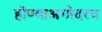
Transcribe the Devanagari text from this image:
होण्याअगोदरच